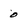
Character: 0